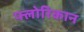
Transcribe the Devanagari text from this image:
फ्लोरिकान